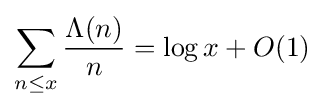
\sum _{n\leq x}{\frac {\Lambda (n)}{n}}=\log x+O(1)